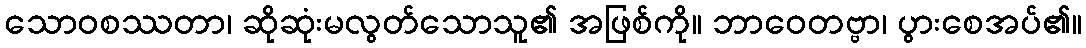
သောဝစဿတာ၊ ဆိုဆုံးမလွတ်သောသူ၏ အဖြစ်ကို။ ဘာဝေတဗ္ဗာ၊ ပွားစေအပ်၏။